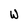
Character: w